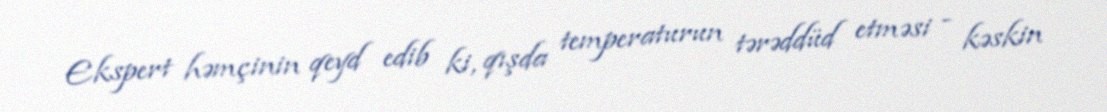
Ekspert həmçinin qeyd edib ki, qışda temperaturun tərəddüd etməsi - kəskin